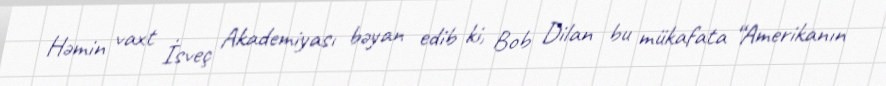
Həmin vaxt İsveç Akademiyası bəyan edib ki, Bob Dilan bu mükafata “Amerikanın